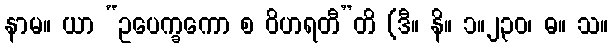
နာမ။ ယာ “ဥပေက္ခကော စ ဝိဟရတီ”တိ (ဒီ။ နိ။ ၁။၂၃၀၊ ဓ။ သ။